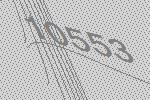
10553